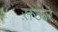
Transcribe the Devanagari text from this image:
स़ऊर